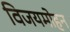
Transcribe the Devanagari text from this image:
विजयमोहन